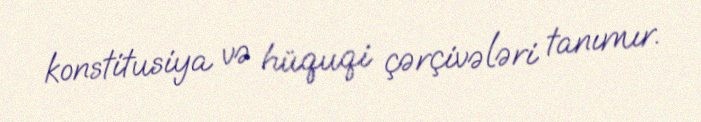
konstitusiya və hüquqi çərçivələri tanımır.